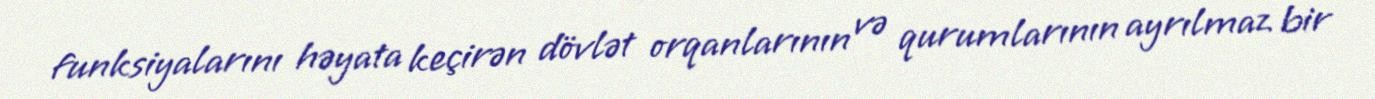
funksiyalarını həyata keçirən dövlət orqanlarının və qurumlarının ayrılmaz bir